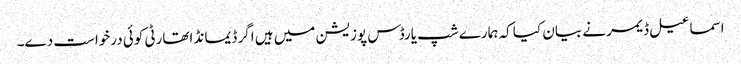
اسماعیل ڈیمر نے بیان کیا کہ ہمارے شپ یارڈس پوزیشن میں ہیں اگر ڈیمانڈ اتھارٹی کوئی درخواست دے۔